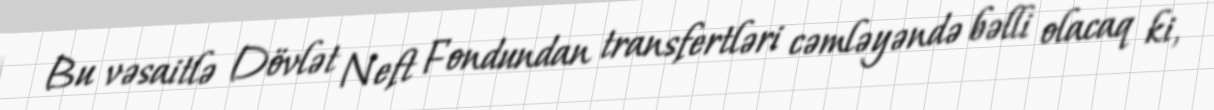
Bu vəsaitlə Dövlət Neft Fondundan transfertləri cəmləyəndə bəlli olacaq ki,